Problem: 4 × 8 = ?
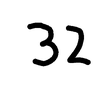
Handwritten answer: 32